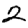
Digit: 2